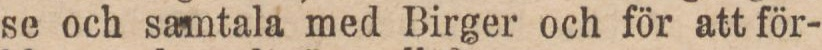
se och samtala med Birger och för att för-